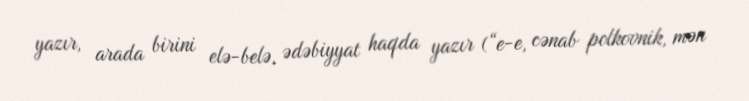
yazır, arada birini elə-belə, ədəbiyyat haqda yazır (“e-e, cənab polkovnik, mən